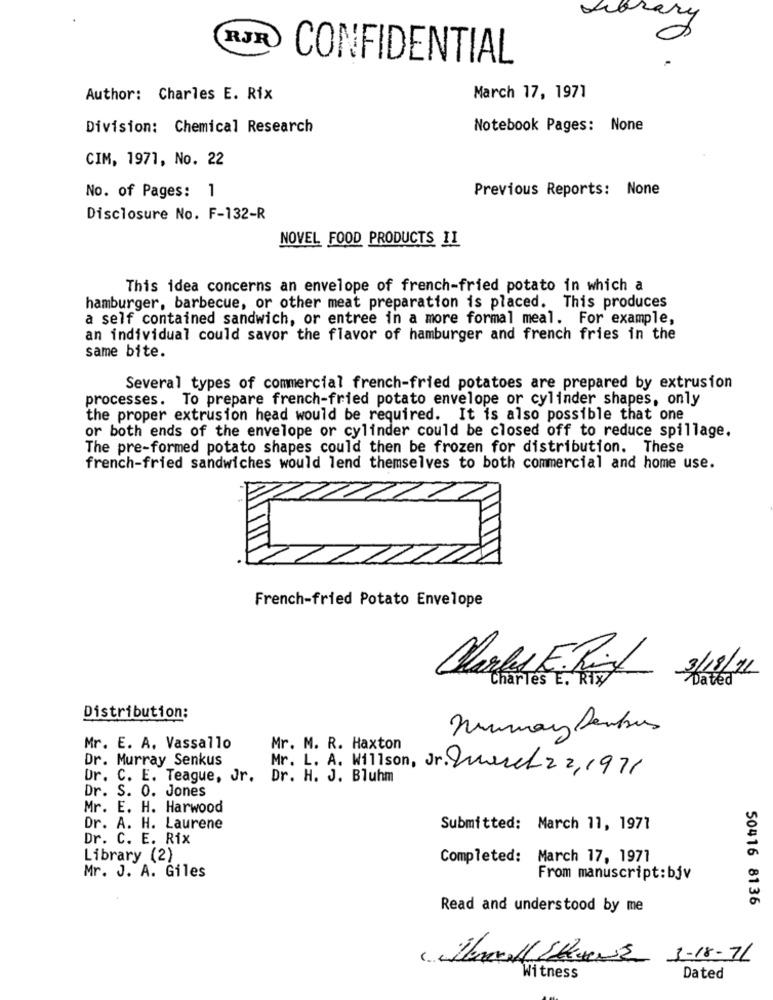
Library
RJR
CONFIDENTIAL
Author: Charles E. Rix
March 17, 1971
Division: Chemical Research
Notebook Pages: None
CIM, 1971, No. 22
Previous Reports: None
No. of Pages: 1
Disclosure No. F-132-R
NOVEL FOOD PRODUCTS II
This idea concerns an envelope of french-fried potato in which a
hamburger, barbecue, or other meat preparation is placed. This produces
a self contained sandwich, or entree in a more formal meal. For example,
an individual could savor the flavor of hamburger and french fries in the
same bite.
Several types of commercial french-fried potatoes are prepared by extrusion
processes. To prepare french-fried potato envelope or cylinder shapes, only
the proper extrusion head would be required. It is also possible that one
or both ends of the envelope or cylinder could be closed off to reduce spillage.
The pre-formed potato shapes could then be frozen for distribution. These
french-fried sandwiches would lend themselves to both commercial and home use.
French-fried Potato Envelope
3/18/11
Marked E. Rix
Charles E. RTx
Dated
Distribution:
nuumay Dembus
Mr. E. A. Vassallo
Mr. M. R. Haxton
Dr. Murray Senkus
Mr. L. A. Willson, Jr. March2 2, 1971
Dr. C. E. Teague, Jr. Dr. H. J. Bluhm
Dr. S. O. Jones
Mr. E. H. Harwood
Dr. A. H. Laurene
Submitted: March 11, 1971
Dr. C. E. Rix
Library (2)
Completed: March 17, 1971
Mr. J. A. Giles
From manuscript: bjv
50416 8136
Read and understood by me
3-18-71
Witness
Dated